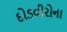
દોડવીરોના